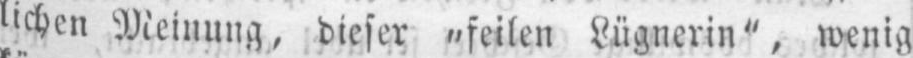
lichen Meinung, dieser „feilen Lügnerin”, wenig